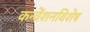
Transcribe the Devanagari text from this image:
कन्वेंशनविशेष